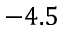
- 4 . 5